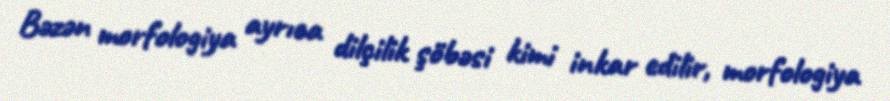
Bəzən morfologiya ayrıca dilçilik şöbəsi kimi inkar edilir, morfologiya